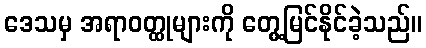
ဒေသမှ အရာဝတ္ထုများကို တွေ့မြင်နိုင်ခဲ့သည်။